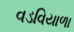
વડવિયાળા